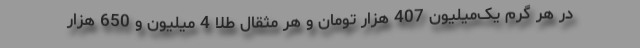
در هر گرم یک‌میلیون 407 هزار تومان و هر مثقال طلا 4 میلیون و 650 هزار